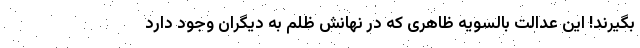
بگیرند! این عدالت بالسویه ظاهری که در نهانش ظلم به دیگران وجود دارد